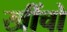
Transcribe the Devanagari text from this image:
खींचो